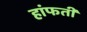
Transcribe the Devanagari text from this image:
हांफती